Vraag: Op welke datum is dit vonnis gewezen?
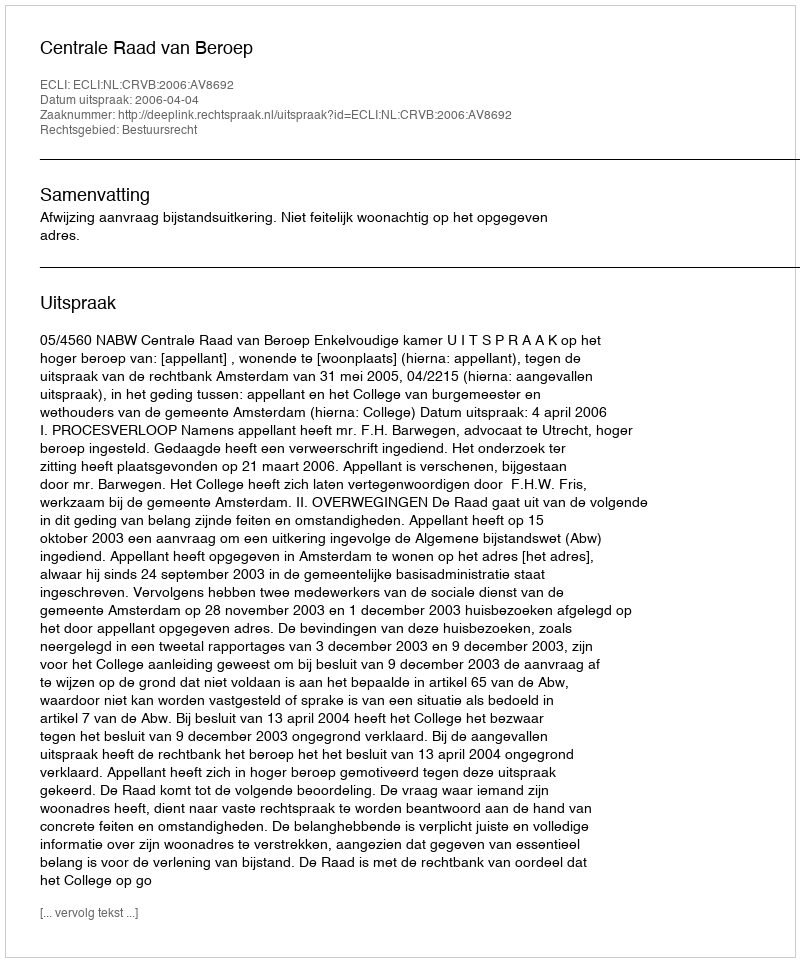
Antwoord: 2006-04-04